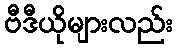
ဗီဒီယိုများလည်း